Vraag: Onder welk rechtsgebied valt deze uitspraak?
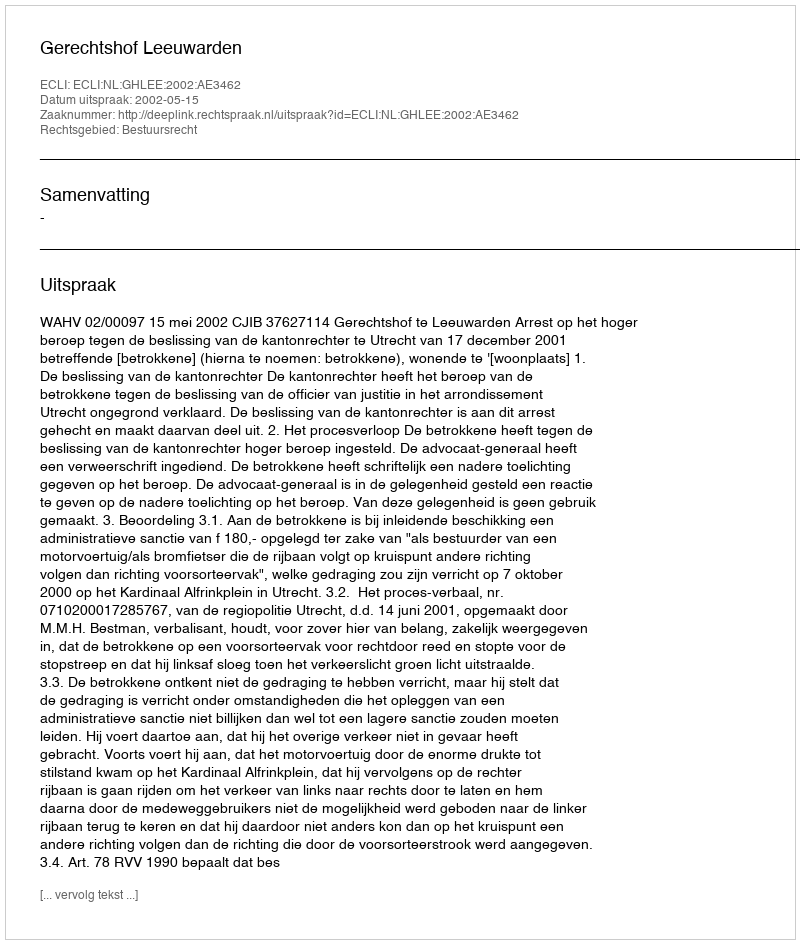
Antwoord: Bestuursrecht